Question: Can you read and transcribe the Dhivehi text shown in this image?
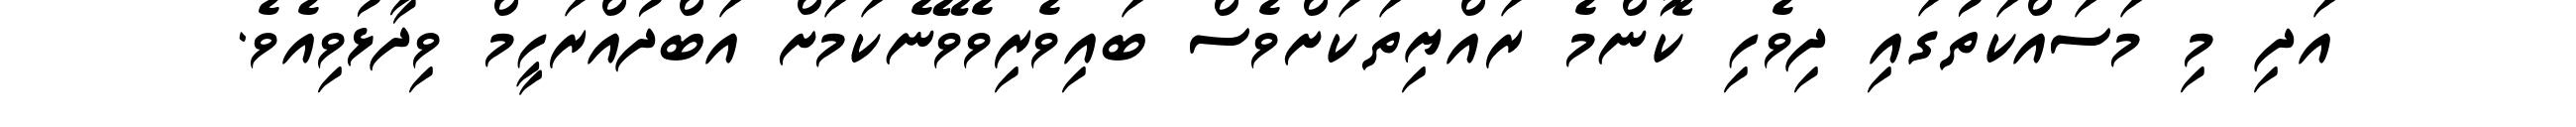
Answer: އަދި މި މަސައްކަތުގައި ދިވެހި ކޮންމެ ރައްޔިތަކަށްވެސް ބައިވެރިވެވޭނެކަމަށް އަބްދުއްރަހީމް ވިދާޅުވިއެވެ.